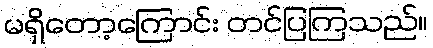
မရှိတော့ကြောင်း တင်ပြကြသည်။